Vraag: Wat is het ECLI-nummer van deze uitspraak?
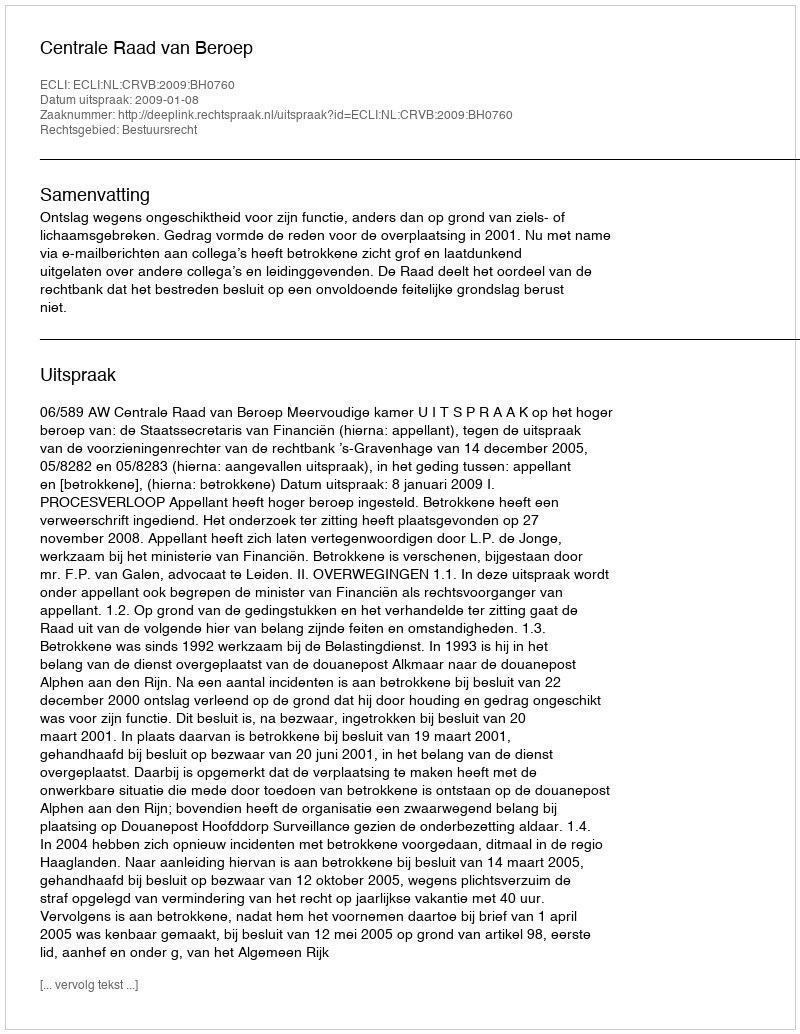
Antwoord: ECLI:NL:CRVB:2009:BH0760